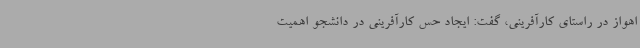
اهواز در راستای کارآفرینی، گفت: ایجاد حس کارآفرینی در دانشجو اهمیت